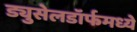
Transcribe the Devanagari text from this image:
ड्युसेलडॉर्फमध्ये